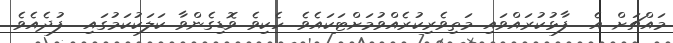
މައްޗަށް އެ  ފާޅުކުރައްވައި މަތިވެރިކުރެއްވުމަށްޓަކައެވެ. ހެކިވެ ވޮޑިގެންވާ ކަލަކުކަމުގައި  ފުދެއެވެ.